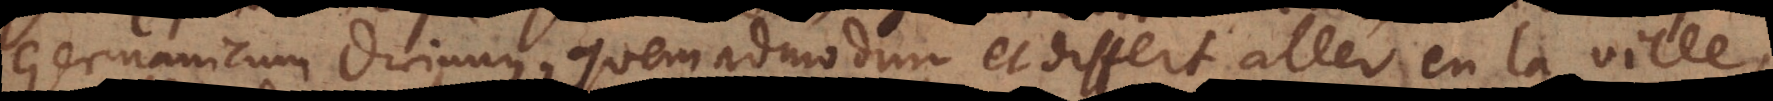
Germanicum drinnen, quemadmodum et differt aller en la ville,